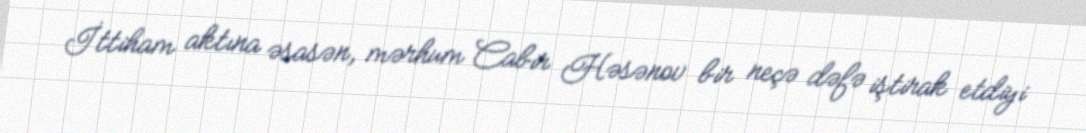
İttiham aktına əsasən, mərhum Cabir Həsənov bir neçə dəfə iştirak etdiyi